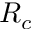
R _ { c }